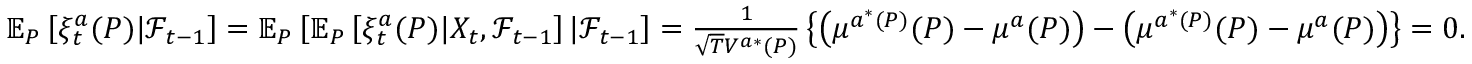
\begin{array} { r } { \mathbb { E } _ { P } \left[ \xi _ { t } ^ { a } ( P ) | \mathcal { F } _ { t - 1 } \right] = \mathbb { E } _ { P } \left[ \mathbb { E } _ { P } \left[ \xi _ { t } ^ { a } ( P ) | X _ { t } , \mathcal { F } _ { t - 1 } \right] | \mathcal { F } _ { t - 1 } \right] = \frac { 1 } { \sqrt { T } V ^ { a * } ( P ) } \left\{ \left( \mu ^ { a ^ { * } ( P ) } ( P ) - \mu ^ { a } ( P ) \right) - \left( \mu ^ { a ^ { * } ( P ) } ( P ) - \mu ^ { a } ( P ) \right) \right\} = 0 . } \end{array}